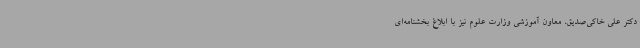
دکتر علی خاکی‌صدیق، معاون آموزشی وزارت علوم نیز با ابلاغ بخشنامه‌ای